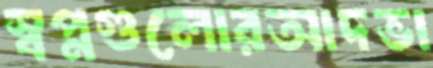
স্বপ্নগুলোরআদভা